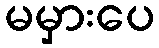
မမှားပေ